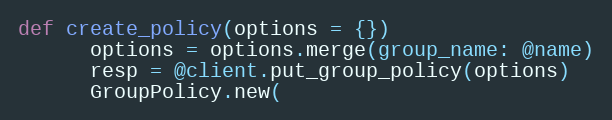
Language: Ruby
def create_policy(options = {})
      options = options.merge(group_name: @name)
      resp = @client.put_group_policy(options)
      GroupPolicy.new(